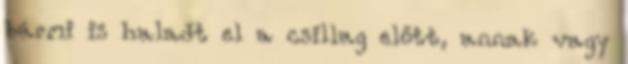
bármi is haladt el a csillag előtt, annak vagy